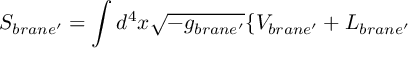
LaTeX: S _ { b r a n e ^ { \prime } } = \int d ^ { 4 } x \sqrt { - g _ { b r a n e ^ { \prime } } } \{ V _ { b r a n e ^ { \prime } } + { \cal L } _ { b r a n e ^ { \prime } }